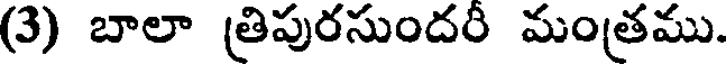
(3) బాలా త్రిపురసుందరి మంత్రము.